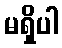
မရှိပါ